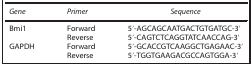
<table><thead><tr><td><b><i>Gene</i></b></td><td><b><i>Primer</i></b></td><td><b><i>Sequence</i></b></td></tr></thead><tbody><tr><td>Bmi1</td><td>Forward</td><td>5′-AGCAGCAATGACTGTGATGC-3′</td></tr><tr><td> </td><td>Reverse</td><td>5′-CAGTCTCAGGTATCAACCAG-3′</td></tr><tr><td>GAPDH</td><td>Forward</td><td>5′-GCACCGTCAAGGCTGAGAAC-3′</td></tr><tr><td> </td><td>Reverse</td><td>5′-TGGTGAAGACGCCAGTGGA-3′</td></tr></tbody></table>